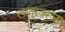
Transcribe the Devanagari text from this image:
लातूरवरून